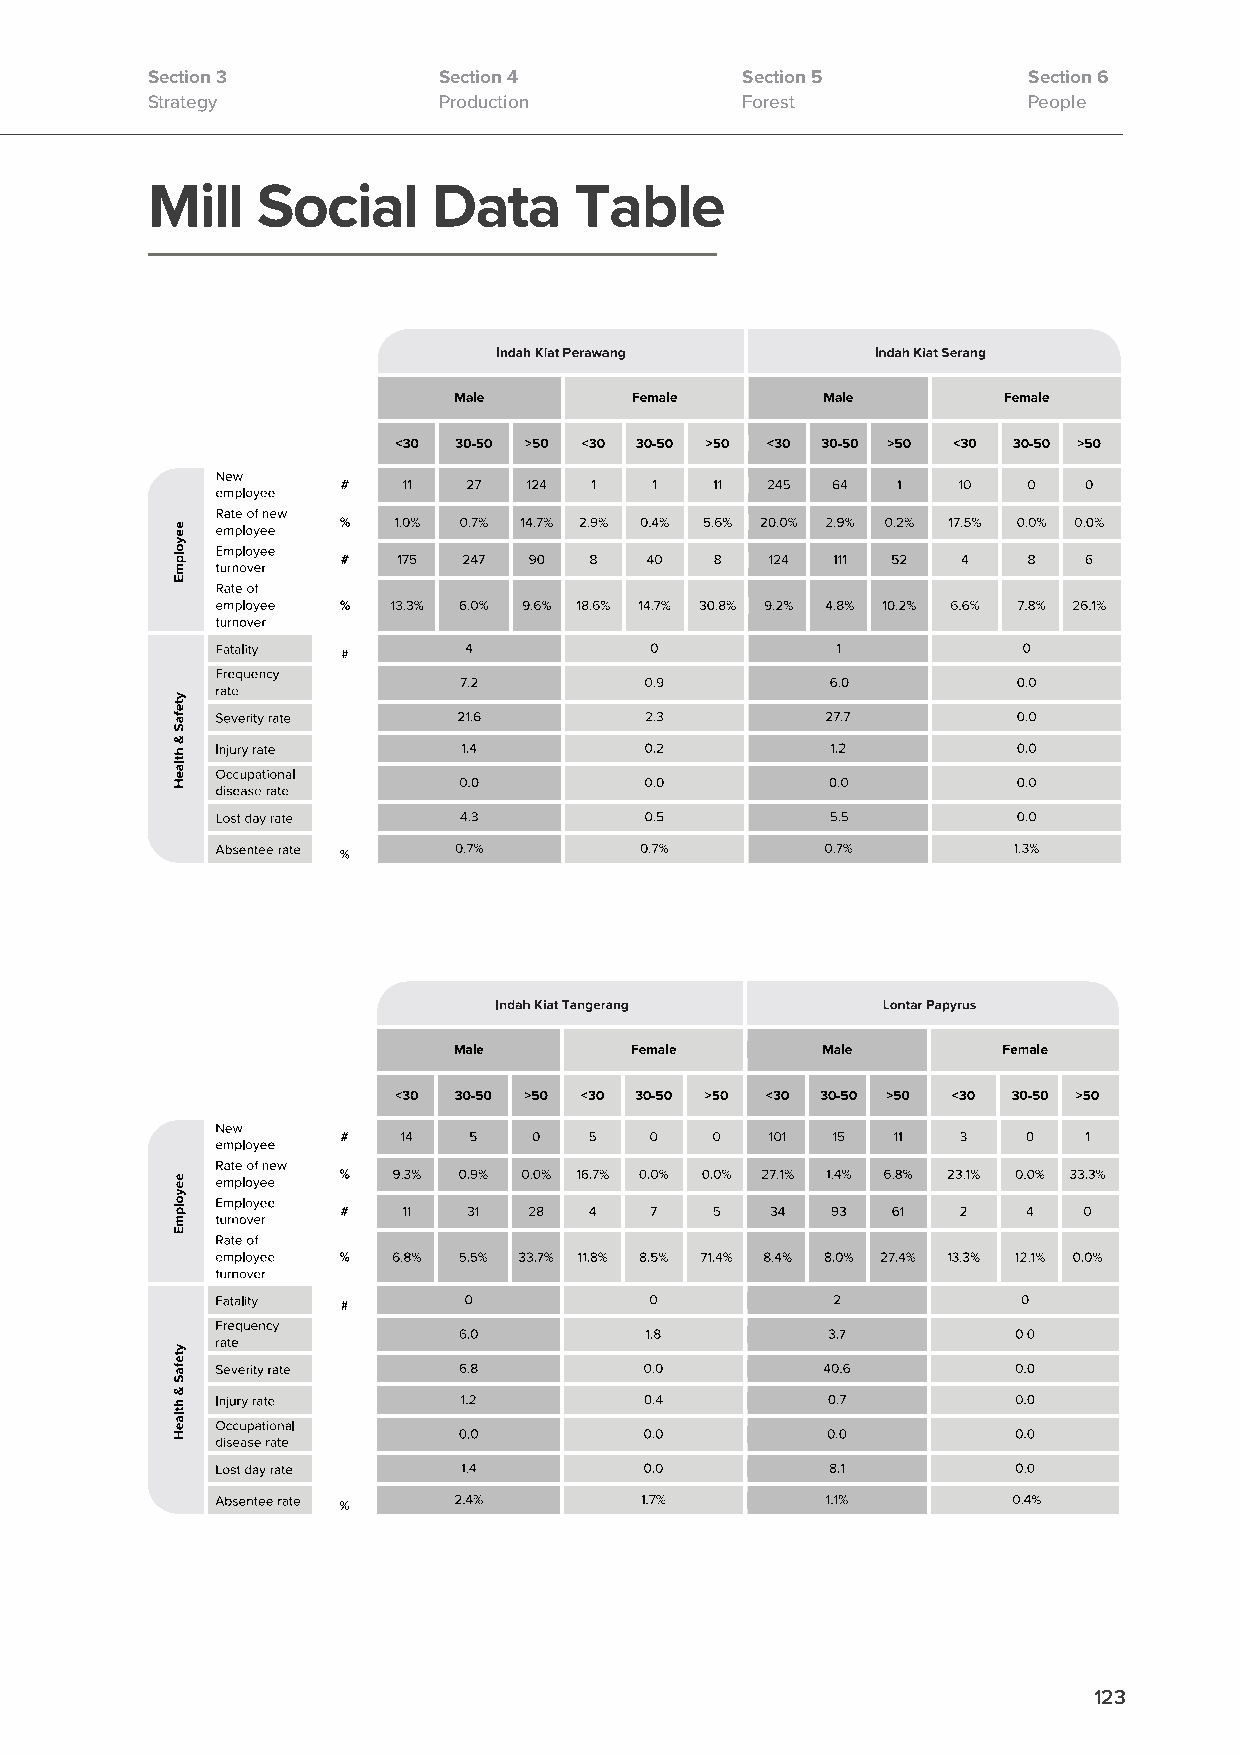
Section 3          Section 4           Section 5          Section 6
 Strategy           Production          Forest             People
 Mill   Social      Data     Table
 123